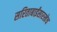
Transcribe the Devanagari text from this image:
सरिताबाईंसारखेच